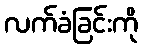
လက်ခံခြင်းကို